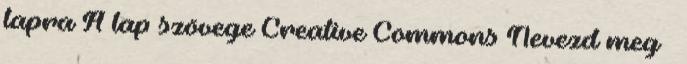
lapra A lap szövege Creative Commons Nevezd meg –